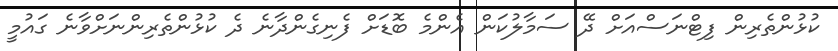
ކުޅުންތެރިން ފިޓްނަސްއަށް ދޭ ސަމާލުކަން އެންމެ ބޮޑަށް ފެނިގެންދާނެ ދެ ކުޅުންތެރިންނަށްވާނެ ގައުމީ